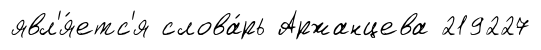
явл'я́етс'я слова́рь Аржанцева 219227